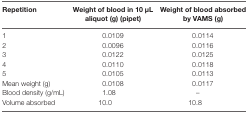
| Repetition | Weight of blood in 10 μL aliquot (g) (pipet) | Weight of blood absorbed by VAMS (g) |
 | --- | --- | --- |
 | 1 | 0.0109 | 0.0114 |
 | 2 | 0.0096 | 0.0116 |
 | 3 | 0.0122 | 0.0125 |
 | 4 | 0.0110 | 0.0118 |
 | 5 | 0.0105 | 0.0113 |
 | Mean weight (g) | 0.0108 | 0.0117 |
 | Blood density (g/mL) | 1.08 | – |
 | Volume absorbed | 10.0 | 10.8 |